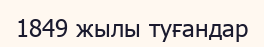
1849 жылы туғандар